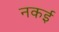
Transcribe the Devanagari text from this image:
नकई